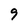
Character: 9